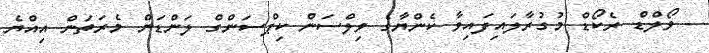
- ވޯލްޑް ރެކޯޑް މުގުރާލައިފައިވާ ކެންޔާގެ ވިލްސަން ކިޕްސަންގް ލަންޑަން މެރަތަން އިއްޔެ